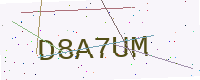
Text: D8A7UM